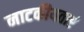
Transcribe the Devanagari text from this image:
नाटकीयताएं